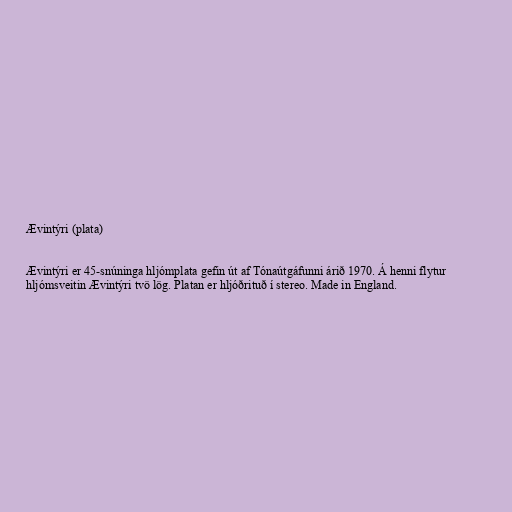
Ævintýri (plata)

Ævintýri er 45-snúninga hljómplata gefin út af Tónaútgáfunni árið 1970. Á henni flytur
hljómsveitin Ævintýri tvö lög. Platan er hljóðrituð í stereo. Made in England.